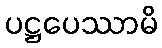
ပဋ္ဌပေဿာမိ